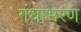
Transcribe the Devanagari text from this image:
गंधाभरण